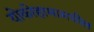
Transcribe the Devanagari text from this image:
योकोहामामधील